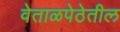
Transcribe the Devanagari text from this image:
वेताळपेठेतील